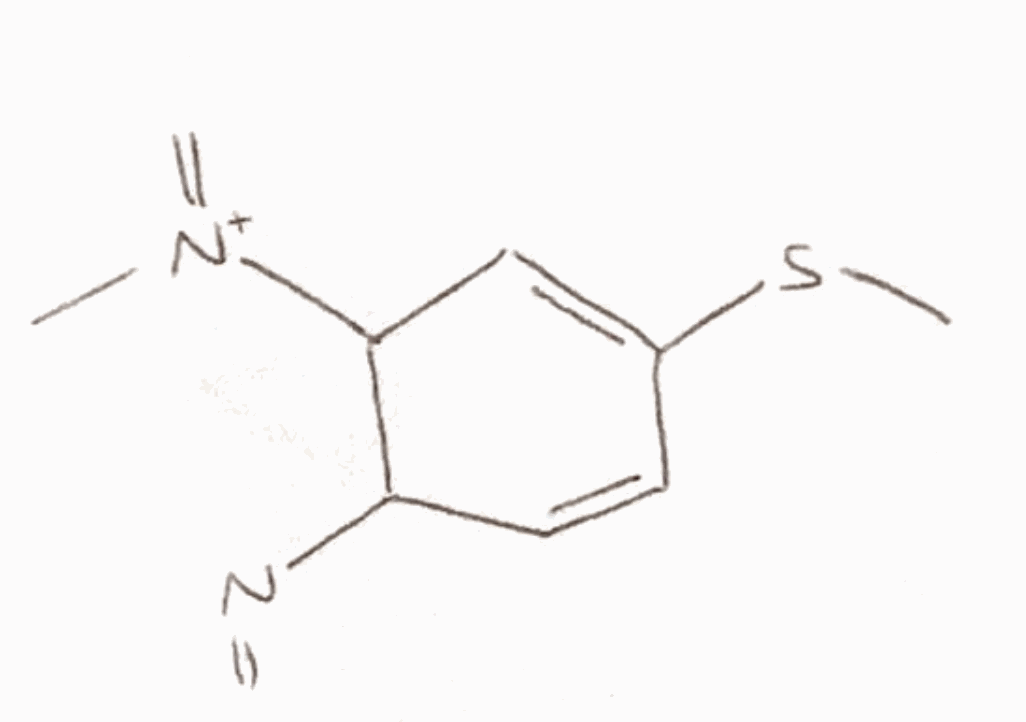
Simplified molecular-input line-entry system (SMILES) notation of the given molecule:
C[N+](=C)C1C=C(C=CC1N=C)SC